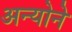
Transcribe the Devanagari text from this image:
अन्योने